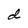
Character: d